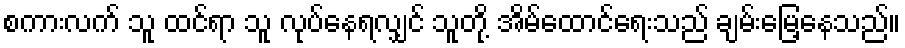
စကားလက် သူ ထင်ရာ သူ လုပ်နေရလျှင် သူတို့ အိမ်ထောင်ရေးသည် ချမ်းမြေ့နေသည်။